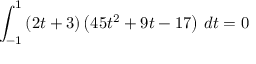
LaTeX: \int _ { - 1 } ^ { 1 } \left( 2 t + 3 \right) \left( 4 5 t ^ { 2 } + 9 t - 1 7 \right) \, d t = 0